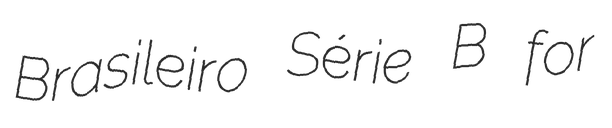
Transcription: Brasileiro Série B for